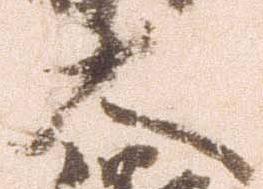
大